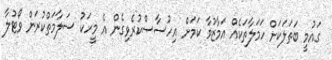
ގައުމީ ބަތަލަކަށް ހަމަލާތަކެއް އަމާޒުވާ ކަމަށް އިހުސާސްކުރެވިގެން އެ މީހަކު ސަލާމަތްކުރަން ވޯޓުލާ